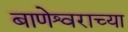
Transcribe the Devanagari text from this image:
बाणेश्वराच्या